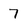
Character: 7